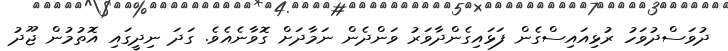
ދުވަސްދުވަހު ރުޅިއައިސްގެން ފަޅައިގެންދާވަރު ވަންދެން ނަމާދަށް ގޮވާނެއެވެ. ގަދަ ނިދީގައި އޮތުމުން ޖޫދު